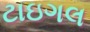
ટાઇગલ